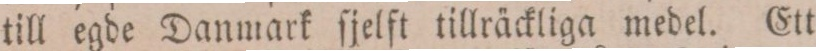
till egde Danmark ſjelft tillräckliga medel. Ett